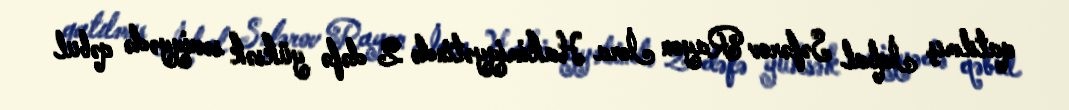
qatılmış İqbal Səfərov Rayon İcra Hakimiyyətində 2 dəfə yüksək səviyyədə qəbul